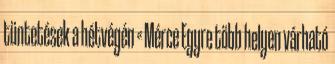
tüntetések a hétvégén « Mérce Egyre több helyen várható